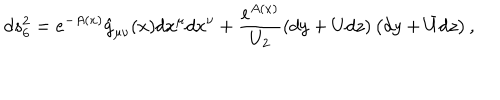
d s _ { 6 } ^ { 2 } = e ^ { - A ( x ) } \hat { g } _ { \mu \nu } ( x ) d x ^ { \mu } d x ^ { \nu } + \frac { e ^ { A ( x ) } } { U _ { 2 } } \left( d y + U d z \right) \left( d y + \bar { U } d z \right) ,